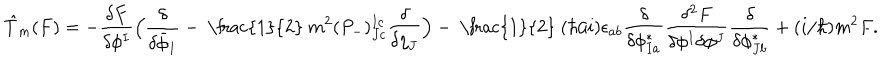
\hspace { - . 5 c m } \hat { T } _ { m } ( F ) = - \frac { \delta F } { \delta \phi ^ { I } } \Big ( \frac { \delta } { \delta \bar { \phi } _ { I } } - \mathrm { ~ \frac { 1 } { 2 } ~ } m ^ { 2 } ( P _ { - } ) _ { J c } ^ { I c } \frac { \delta } { \delta \eta _ { J } } \Big ) - \mathrm { ~ \frac { 1 } { 2 } ~ } ( \hbar / i ) \epsilon _ { a b } \frac { \delta } { \delta \phi _ { I a } ^ { * } } \frac { \delta ^ { 2 } F } { \delta \phi ^ { I } \delta \phi ^ { J } } \frac { \delta } { \delta \phi _ { J b } ^ { * } } + ( i / \hbar ) m ^ { 2 } F .